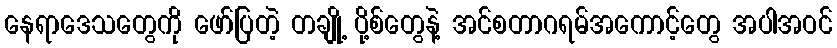
နေရာဒေသတွေကို ဖော်ပြတဲ့ တချို့ ပို့စ်တွေနဲ့ အင်စတာဂရမ်အကောင့်တွေ အပါအဝင်